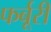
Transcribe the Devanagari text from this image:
फर्बूरी